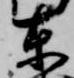
東